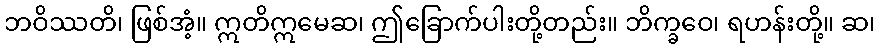
ဘဝိဿတိ၊ ဖြစ်အံ့။ ဣတိဣမေဆ၊ ဤခြောက်ပါးတို့တည်း။ ဘိက္ခဝေ၊ ရဟန်းတို့။ ဆ၊